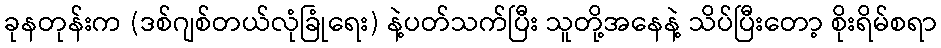
ခုနတုန်းက (ဒစ်ဂျစ်တယ်လုံခြုံရေး) နဲ့ပတ်သက်ပြီး သူတို့အနေနဲ့ သိပ်ပြီးတော့ စိုးရိမ်စရာ